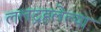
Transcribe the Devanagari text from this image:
ललद्रहलेल्या